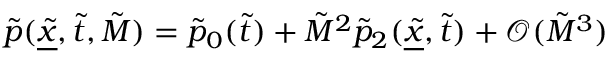
\tilde { p } ( \underline { { \tilde { x } } } , \tilde { t } , \tilde { M } ) = \tilde { p } _ { 0 } ( \tilde { t } ) + \tilde { M } ^ { 2 } \tilde { p } _ { 2 } ( \underline { { \tilde { x } } } , \tilde { t } ) + \mathcal { O } ( \tilde { M } ^ { 3 } )